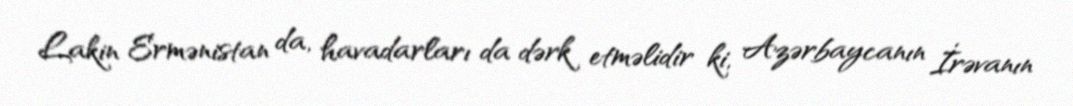
Lakin Ermənistan da, havadarları da dərk etməlidir ki, Azərbaycanın İrəvanın